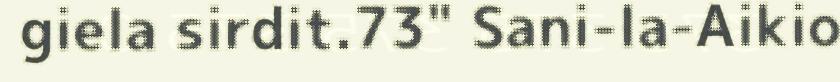
giela sirdit.73" Sani-la-Aikio